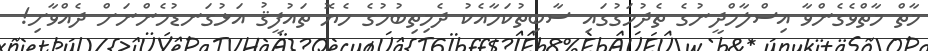
މާތް މާތްވެގެންވާ އިސްލާމްދީނުގެ ތެދުމަގުގައި ސާބިތުކަމާއެކު ދެމިތިބުމުގެ ހެޔޮ ތައުފީޤު އަޅުގަނޑުމެންނަށް ދެއްވާށި!